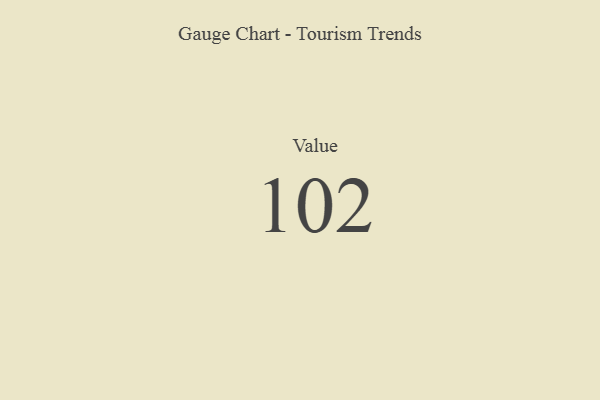
{"axis": {"x": "Metric", "y": "Value"}, "legend": [""], "data": [{"x": "Value", "y": 102, "type": ""}]}